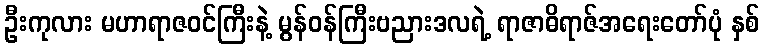
ဦးကုလား မဟာရာဇဝင်ကြီးနဲ့ မွန်ဝန်ကြီးဗညားဒလရဲ့ ရာဇာဓိရာဇ်အရေးတော်ပုံ နှစ်